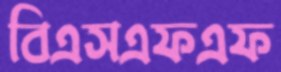
বিএসএফএফ